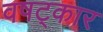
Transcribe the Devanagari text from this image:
वषट्कार